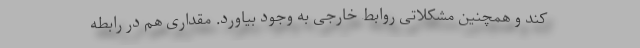
کند و همچنین مشکلاتی روابط خارجی به وجود بیاورد. مقداری هم در رابطه